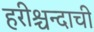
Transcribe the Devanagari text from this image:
हरीश्चन्दाची